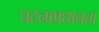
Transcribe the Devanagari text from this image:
घटनाप्रधानता